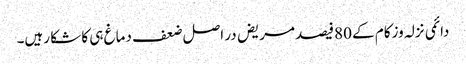
دائمی نزلہ وزکام کے 80فیصد مریض در اصل ضعف دماغ ہی کا شکا رہیں۔